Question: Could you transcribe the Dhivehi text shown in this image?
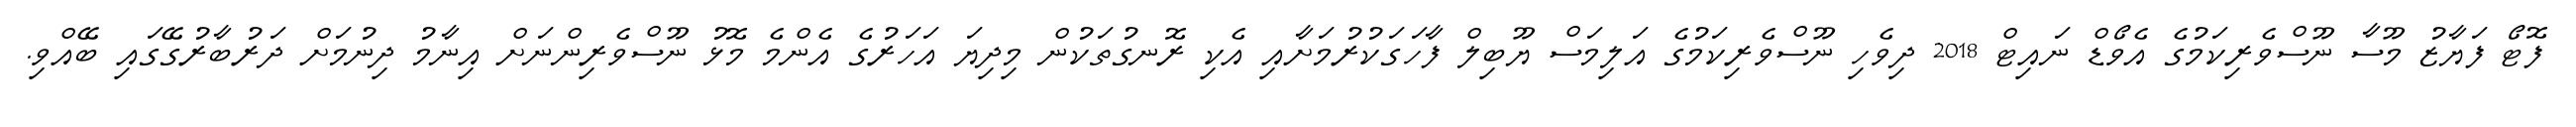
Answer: ފޮޓޯ ފަޔާޒު މޫސާ ނޫސްވެރިކަމުގެ އެވޯޑް ނައިޓް 2018 ދިވެހި ނޫސްވެރިކަމުގެ އަލިމަސް ޔޫބިލް ފާހަގަކުރުމަށާއި އެކި ރޮނގުތަކުން މިދިޔަ އަހަރުގެ އެންމެ މޮޅު ނޫސްވެރިންނަށް އިނާމު ދިނުމަށް ދަރުބާރުގޭގައި ބޭއްވި.